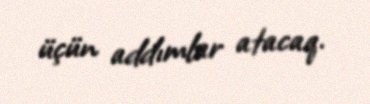
üçün addımlar atacaq.